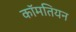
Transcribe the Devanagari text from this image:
कॉमतियन